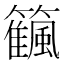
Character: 𥷜